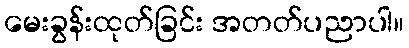
မေးခွန်းထုတ်ခြင်း အတတ်ပညာပါ။